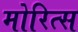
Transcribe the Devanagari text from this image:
मोरित्स